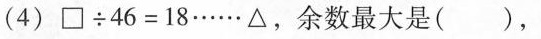
(4)$$\Box \div 4 6 = 1 8 …… △$$，余数最大是()，